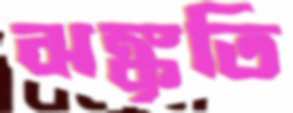
ঝঙ্কৃতি